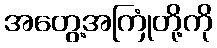
အတွေ့အကြုံတို့ကို